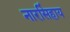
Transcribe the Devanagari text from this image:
नारसिंहाय